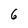
Character: 6